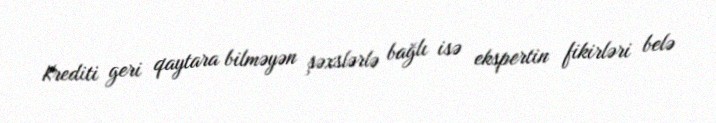
Krediti geri qaytara bilməyən şəxslərlə bağlı isə ekspertin fikirləri belə